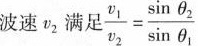
波速v_2满足 $$\frac{v_{1}}{v_{2}}= \frac{\sin \theta _{2}}{\sin \theta _{1}}$$